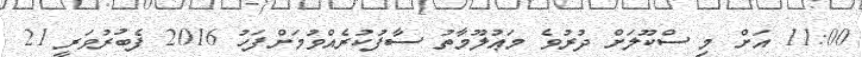
11:00 އަށް މި ސްކޫލަށް ދުރުވެ މަޢުލޫމާތު ސާފުކުރެއްވުމަށްފަހު 2016 ފެބުރުވަރީ 21